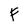
Character: F